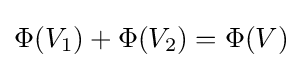
\Phi (V_{\text{1}})+\Phi (V_{\text{2}})=\Phi (V)